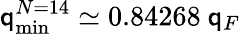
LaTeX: \mathsf{q}_{\mathrm{{min}}}^{N=14}\simeq0.84268~\mathsf{q}_{F}